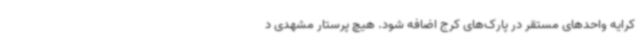
کرایه واحدهای مستقر در پارک‌های کرج اضافه شود. هیچ پرستار مشهدی د